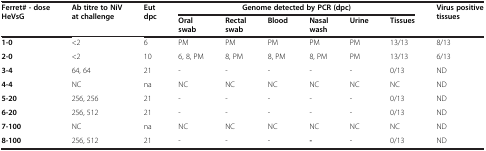
<table><thead><tr><td rowspan="2"><b>Ferret# - dose HeVsG</b></td><td rowspan="2"><b>Ab titre to NiV at challenge</b></td><td rowspan="2"><b>Eut dpc</b></td><td colspan="6"><b>Genome detected by PCR (dpc)</b></td><td rowspan="2"><b>Virus positive tissues</b></td></tr><tr><td><b>Oral swab</b></td><td><b>Rectal swab</b></td><td><b>Blood</b></td><td><b>Nasal wash</b></td><td><b>Urine</b></td><td><b>Tissues</b></td></tr></thead><tbody><tr><td><b>1-0</b></td><td>&lt;2</td><td>6</td><td>PM</td><td>PM</td><td>PM</td><td>PM</td><td>PM</td><td>13/13</td><td>8/13</td></tr><tr><td><b>2-0</b></td><td>&lt;2</td><td>10</td><td>6, 8, PM</td><td>8, PM</td><td>8, PM</td><td>8, PM</td><td>PM</td><td>13/13</td><td>6/13</td></tr><tr><td><b>3-4</b></td><td>64, 64</td><td>21</td><td>-</td><td>-</td><td>-</td><td>-</td><td>-</td><td>0/13</td><td>ND</td></tr><tr><td><b>4-4</b></td><td>NC</td><td>na</td><td>NC</td><td>NC</td><td>NC</td><td>NC</td><td>NC</td><td>NC</td><td>ND</td></tr><tr><td><b>5-20</b></td><td>256, 256</td><td>21</td><td>-</td><td>-</td><td>-</td><td>-</td><td>-</td><td>0/13</td><td>ND</td></tr><tr><td><b>6-20</b></td><td>256, 512</td><td>21</td><td>-</td><td>-</td><td>-</td><td>-</td><td>-</td><td>0/13</td><td>ND</td></tr><tr><td><b>7-100</b></td><td>NC</td><td>na</td><td>NC</td><td>NC</td><td>NC</td><td>NC</td><td>NC</td><td>NC</td><td>ND</td></tr><tr><td><b>8-100</b></td><td>256, 512</td><td>21</td><td>-</td><td>-</td><td>-</td><td><b>-</b></td><td>-</td><td>0/13</td><td>ND</td></tr></tbody></table>